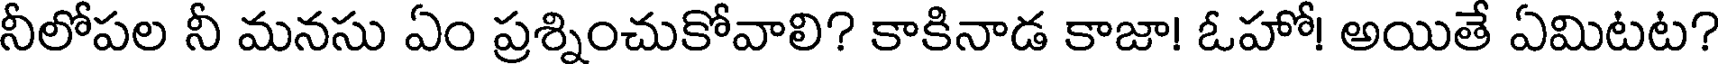
నీలోపల నీ మనసు ఏం ప్రశ్నించుకోవాలి? కాకినాడ కాజా! ఓహో! అయితే ఏమిటట?